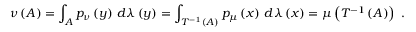
\nu \left( A \right) = \int _ { A } p _ { \nu } \left( y \right) \, d \lambda \left( y \right) = \int _ { T ^ { - 1 } ( A ) } p _ { \mu } \left( x \right) \, d \lambda \left( x \right) = \mu \left( T ^ { - 1 } \left( A \right) \right) \mathrm { ~ . ~ }